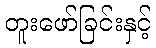
တူးဖော်ခြင်းနှင့်